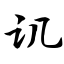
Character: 讥